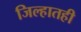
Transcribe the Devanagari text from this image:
जिल्हातही